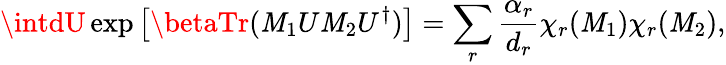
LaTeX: \intdU\exp\left[\betaTr(\mathit{M}_{1}U\mathit{M}_{2}U^{\dagger})\right]=\sum_{r}\frac{{\alpha_{r}}}{{d_{r}}}\chi_{r}(\mathit{M}_{1})\chi_{r}(\mathit{M}_{2}),